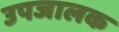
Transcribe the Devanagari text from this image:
उपजालक